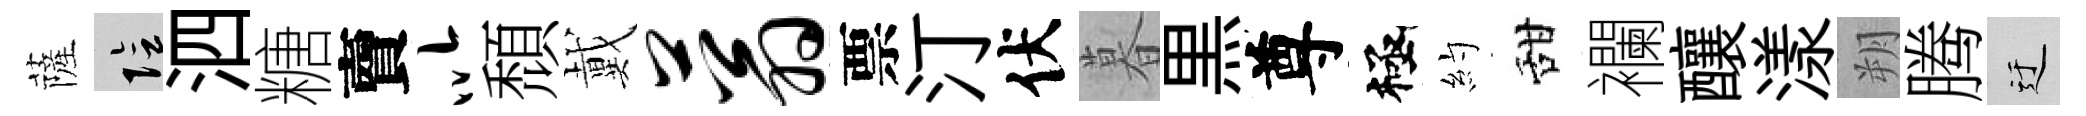
薩隂泗糖𧶠以頹戴蓊票汀伏暮黒尊極約甜襴釀漾朔腾迂